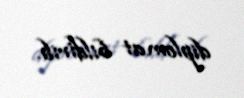
diplomat bildirib.